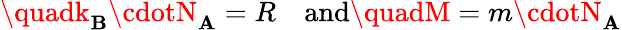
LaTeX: \quadk_{\mathbf{B}}\cdotN_{\mathbf{A}}=R\quad{\mathrm{{and}}}\quadM=m\cdotN_{\mathbf{A}}